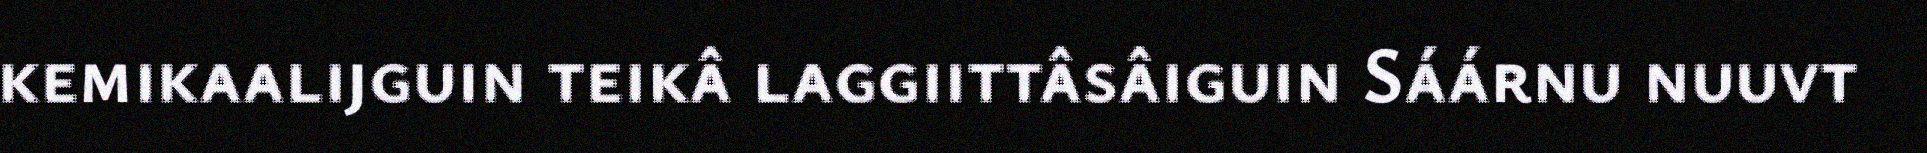
kemikaalijguin teikâ laggiittâsâiguin Sáárnu nuuvt